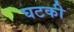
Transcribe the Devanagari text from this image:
घटकी